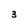
Character: 3